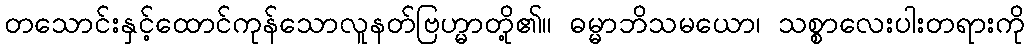
တသောင်းနှင့်ထောင်ကုန်သောလူနတ်ဗြဟ္မာတို့၏။ ဓမ္မာဘိသမယော၊ သစ္စာလေးပါးတရားကို